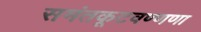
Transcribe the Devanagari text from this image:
समंतकूटवण्णणा